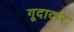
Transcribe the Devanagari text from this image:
गूदादार